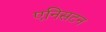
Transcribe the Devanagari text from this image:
एनिसटन